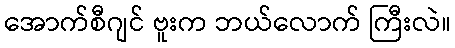
အောက်စီဂျင် ဗူးက ဘယ်လောက် ကြီးလဲ။